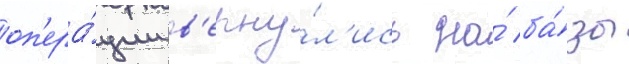
оп'ера́ции в'ерну́л'ись на́ ба́зы